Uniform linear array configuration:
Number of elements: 8
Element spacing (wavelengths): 1
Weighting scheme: exponential
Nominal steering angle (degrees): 45
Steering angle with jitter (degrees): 46.903
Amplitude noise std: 0.05
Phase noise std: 0.05

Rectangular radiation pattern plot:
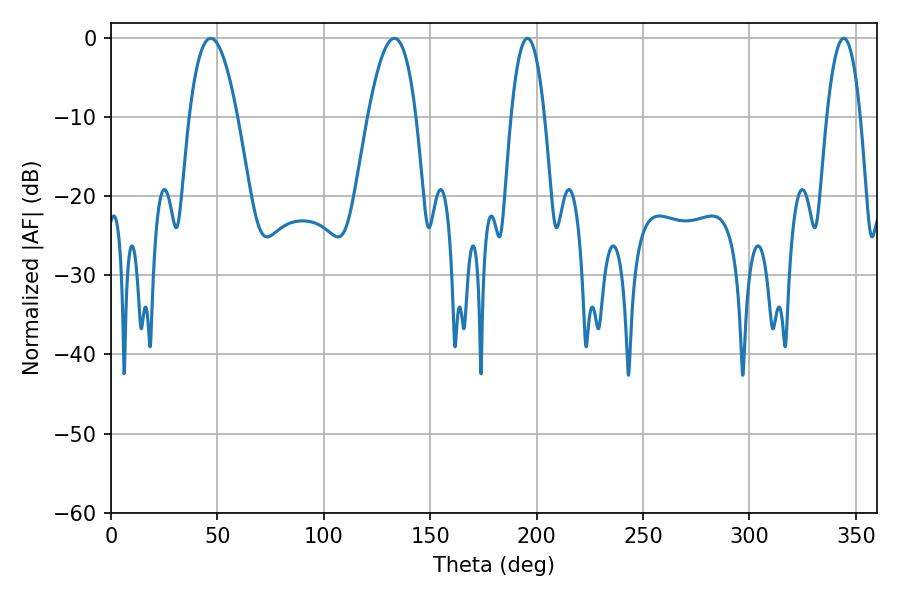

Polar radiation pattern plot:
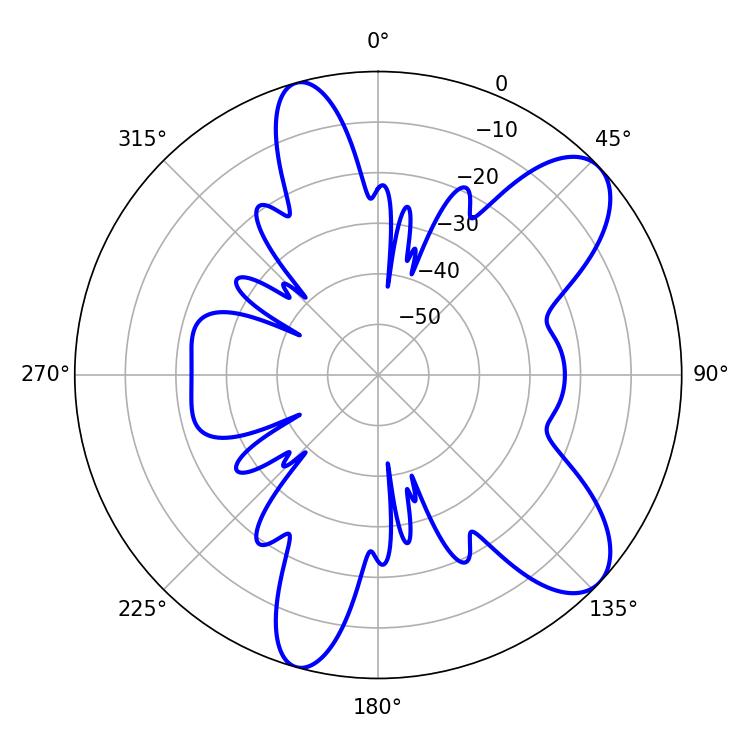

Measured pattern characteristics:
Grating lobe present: TRUE
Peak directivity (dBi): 8.962
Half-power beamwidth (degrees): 8.82
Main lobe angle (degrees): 195.66